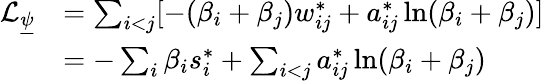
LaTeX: \begin{array}{rl}{\mathcal{L}_{\underline{{\psi}}}}&{=\sum_{i<j}[-(\beta_{i}+\beta_{j})w_{ij}^{*}+a_{ij}^{*}\ln(\beta_{i}+\beta_{j})]}\\ &{=-\sum_{i}\beta_{i}s_{i}^{*}+\sum_{i<j}a_{ij}^{*}\ln(\beta_{i}+\beta_{j})}\end{array}